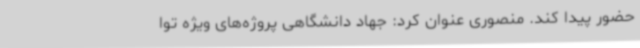
حضور پیدا کند. منصوری عنوان کرد: جهاد دانشگاهی پروژه‌های ویژه توا